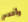
وأقدم